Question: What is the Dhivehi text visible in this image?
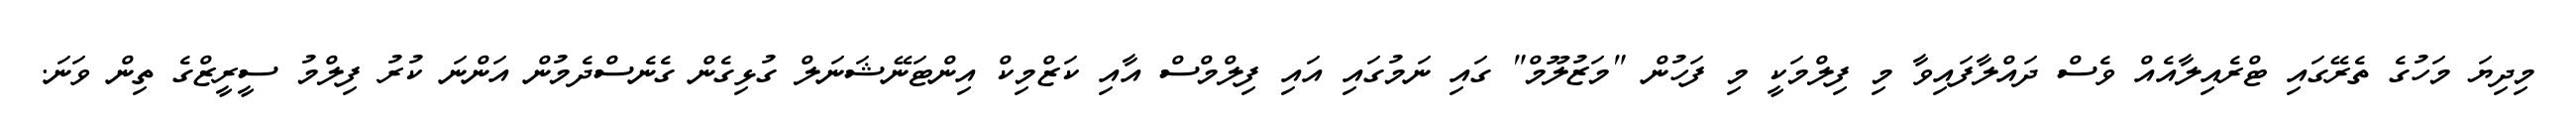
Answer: މިދިޔަ މަހުގެ ތެރޭގައި ޓްރެއިލާއެއް ވެސް ދައްލާފައިވާ މި ފިލްމަކީ މި ފަހުން "މަޒުލޫމް" ގައި ނަމުގައި އައި ފިލްމްސް އާއި ކަޒްމިކް އިންޓަނޭޝަނަލް ގުޅިގެން ގެނެސްދެމުން އަންނަ ކުރު ފިލްމު ސީރީޒްގެ ތިން ވަނަ.